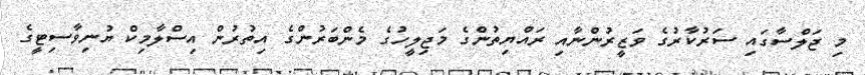
މި ޖަލްސާގައި ސަރުކާރުގެ ވަޒީރުންނާއި ރައްޔިތުންގެ މަޖިލީހުގެ މެންބަރުންގެ އިތުރުން އިސްލާމިކް ޔުނިވާސިޓީގެ